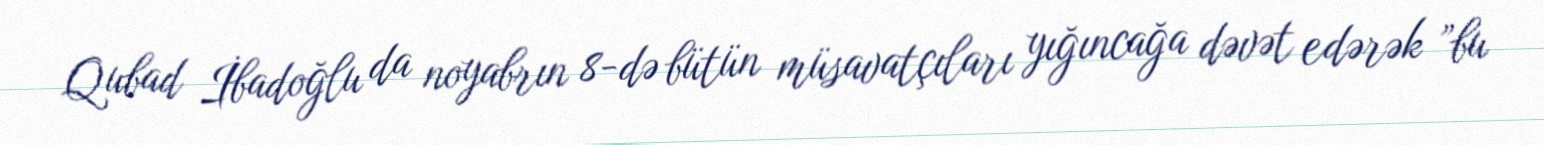
Qubad İbadoğlu da noyabrın 8-də bütün müsavatçıları yığıncağa dəvət edərək ”bu